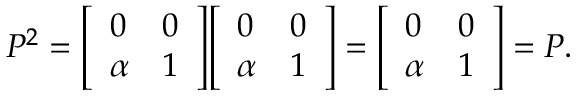
P ^ { 2 } = { \left[ \begin{array} { l l } { 0 } & { 0 } \\ { \alpha } & { 1 } \end{array} \right] } { \left[ \begin{array} { l l } { 0 } & { 0 } \\ { \alpha } & { 1 } \end{array} \right] } = { \left[ \begin{array} { l l } { 0 } & { 0 } \\ { \alpha } & { 1 } \end{array} \right] } = P .